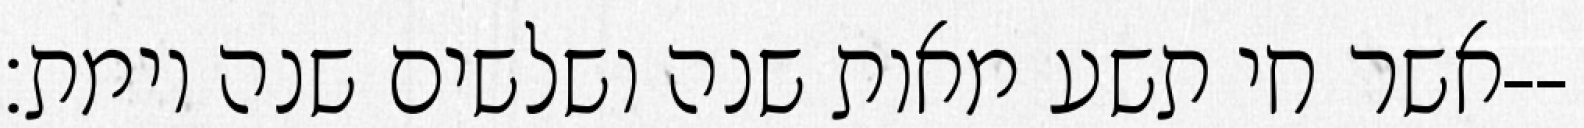
אשר חי תשע מאות שנה ושלשים שנה וימת׃--